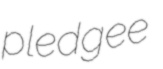
pledgee